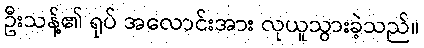
ဦးသန့်၏ ရုပ် အလောင်းအား လုယူသွားခဲ့သည်။